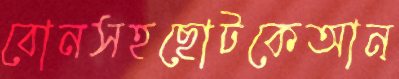
বোনসহছোটকেআন্